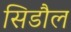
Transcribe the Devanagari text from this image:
सिडौल